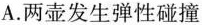
A.两壶发生弹性碰撞